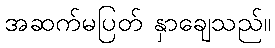
အဆက်မပြတ် နှာချေသည်။